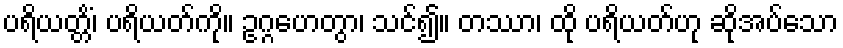
ပရိယတ္တိံ၊ ပရိယတ်ကို။ ဥဂ္ဂဟေတွာ၊ သင်၍။ တဿာ၊ ထို ပရိယတ်ဟု ဆိုအပ်သော